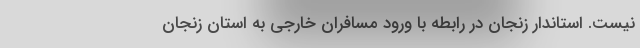
نیست. استاندار زنجان در رابطه با ورود مسافران خارجی به استان زنجان